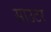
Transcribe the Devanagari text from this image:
साउटर